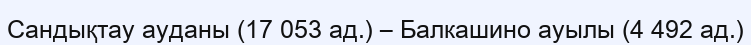
Сандықтау ауданы (17 053 ад.) – Балкашино ауылы (4 492 ад.)